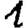
Digit: 1